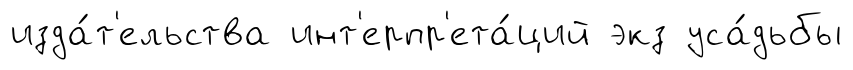
изда́т'ельства инт'ерпр'ета́ций экз уса́дьбы